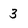
Character: 3